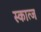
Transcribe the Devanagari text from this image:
स्कात्ज